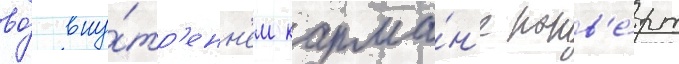
во́ вну́тр'енн'ем карма́н'е конв'е́рт